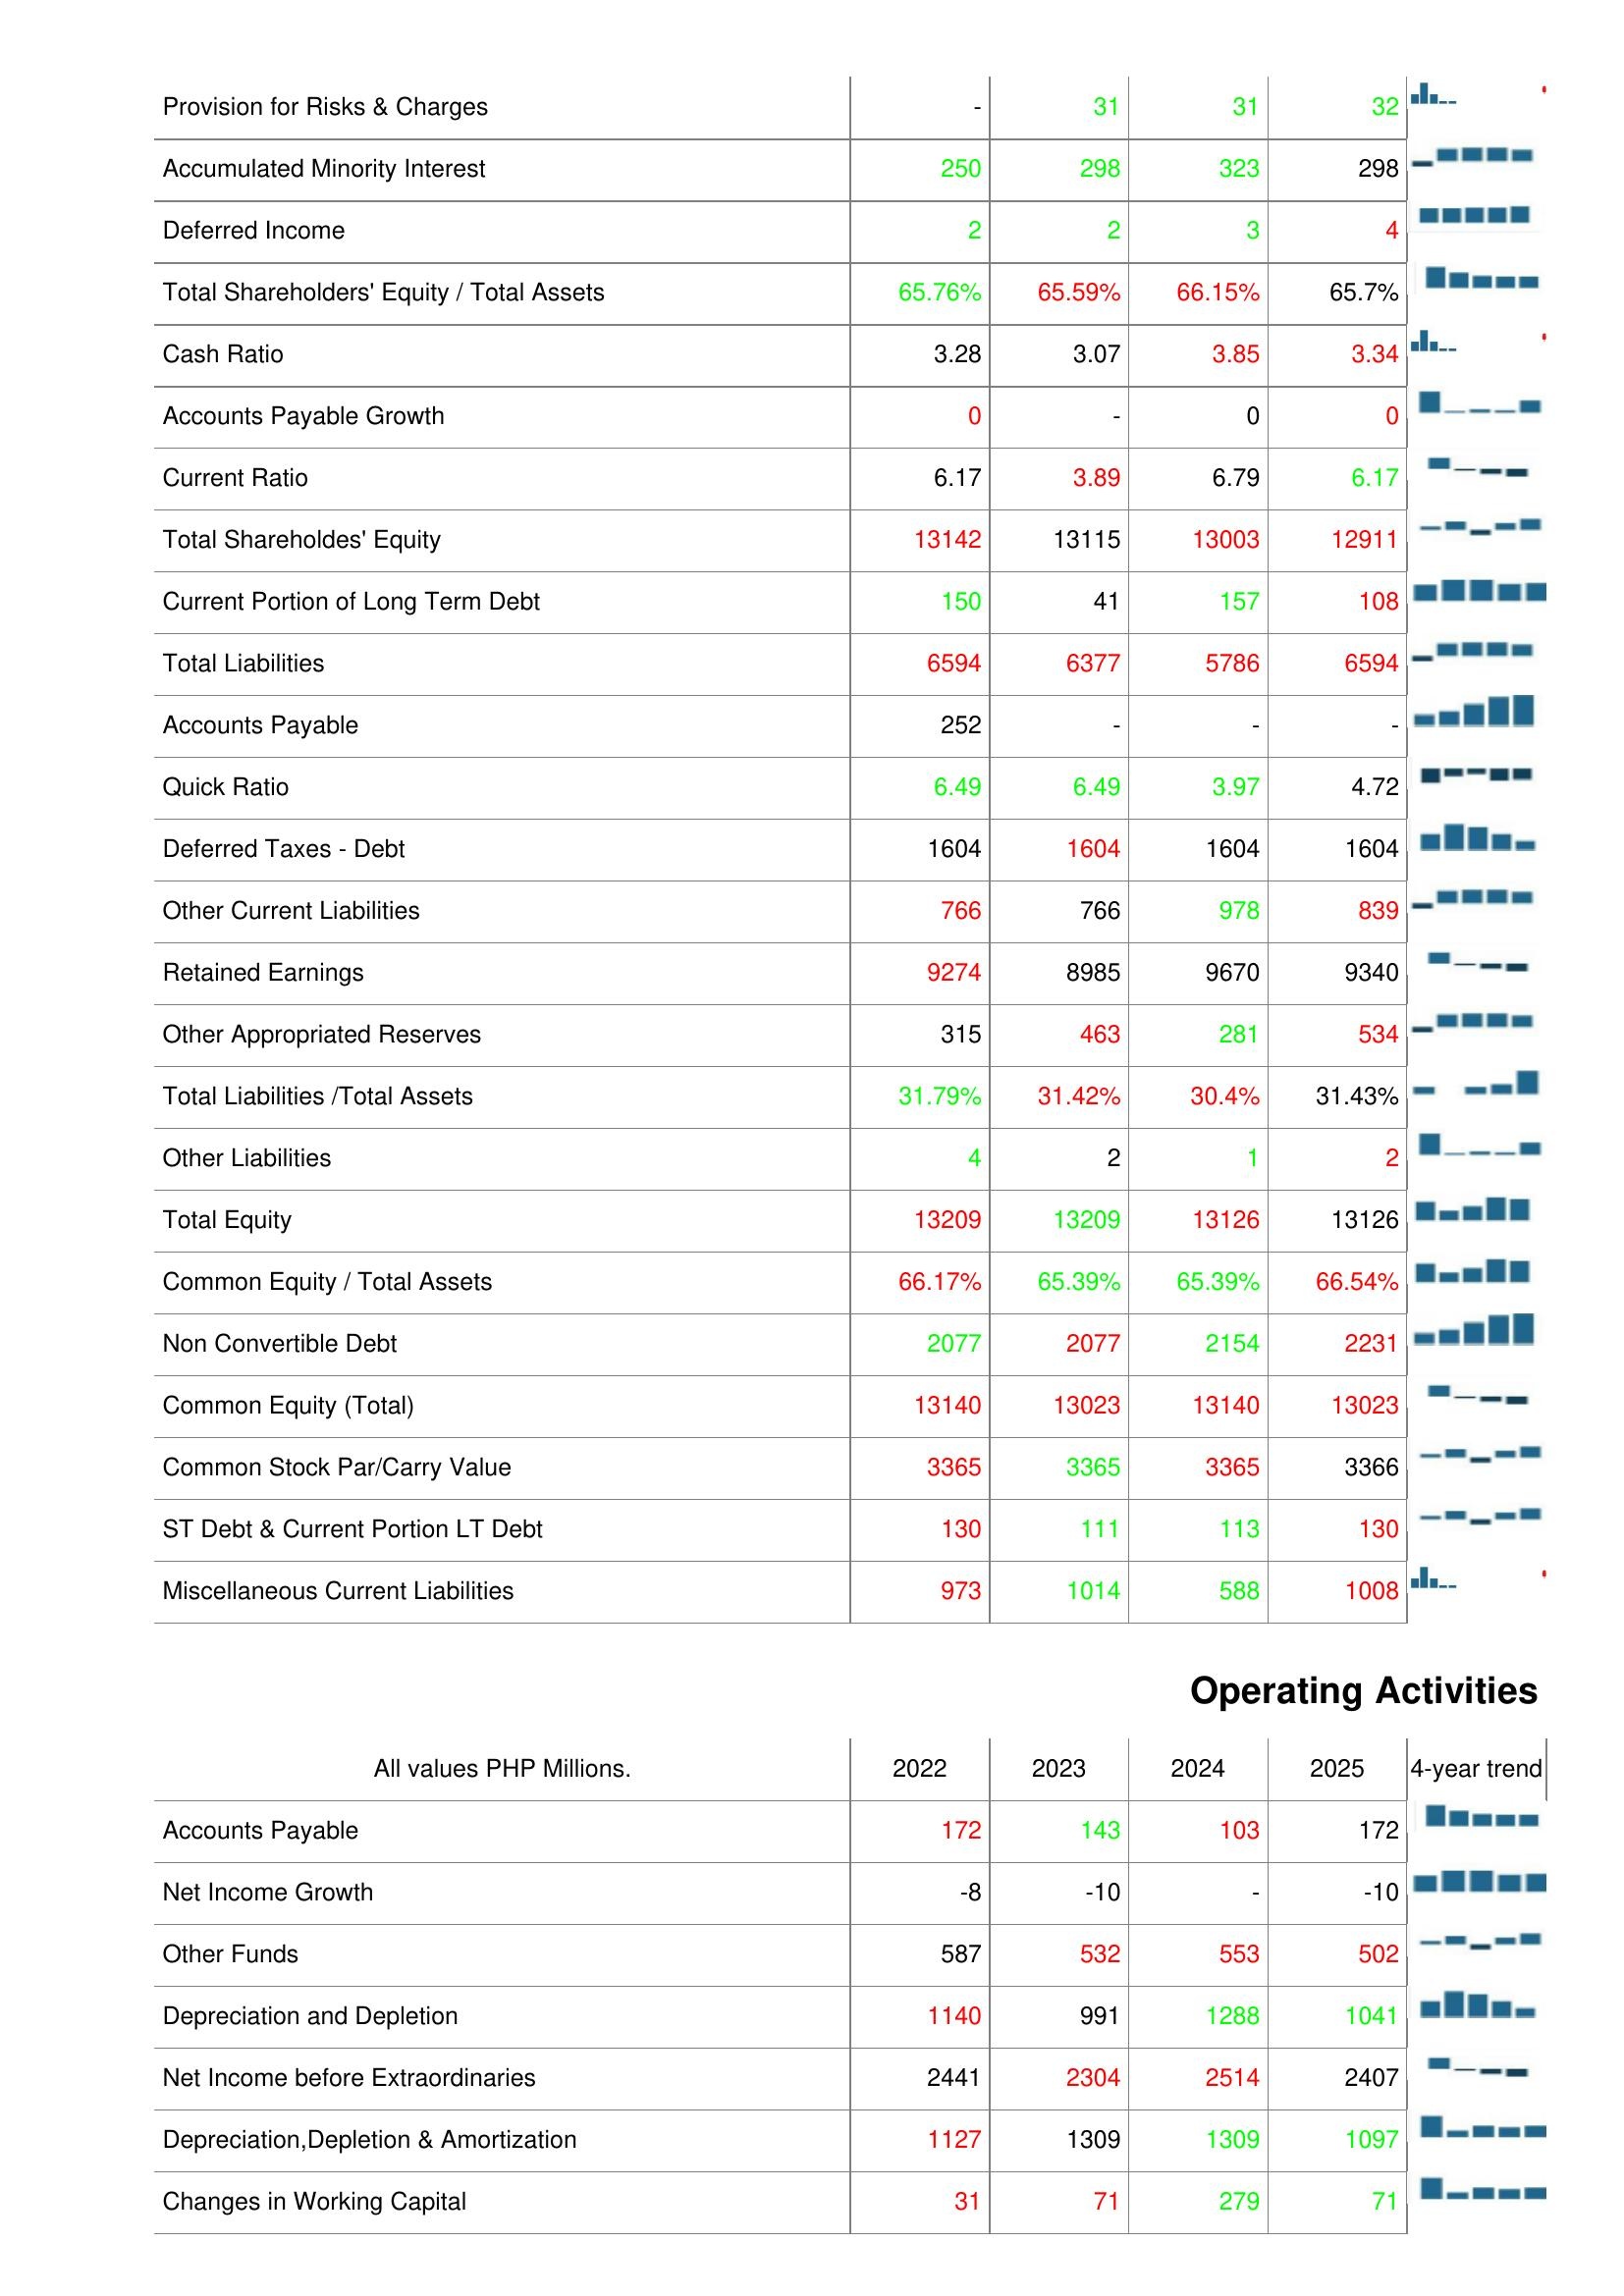
2022: Liabilities & Shareholder's Equity: Provision for Risks & Charges: -
Accumulated Minority Interest: 250
Deferred Income: 2
Total Shareholders' Equity / Total Assets: 65.76%
Cash Ratio: 3.28
Accounts Payable Growth: 0
Current Ratio: 6.17
Total Shareholdes' Equity: 13142
Current Portion of Long Term Debt: 150
Total Liabilities: 6594
Accounts Payable: 252
Quick Ratio: 6.49
Deferred Taxes - Debt: 1604
Other Current Liabilities: 766
Retained Earnings: 9274
Other Appropriated Reserves: 315
Total Liabilities /Total Assets: 31.79%
Other Liabilities: 4
Total Equity: 13209
Common Equity / Total Assets: 66.17%
Non Convertible Debt: 2077
Common Equity (Total): 13140
Common Stock Par/Carry Value: 3365
ST Debt & Current Portion LT Debt: 130
Miscellaneous Current Liabilities: 973
Operating Activities: Accounts Payable: 172
Net Income Growth: -8
Other Funds: 587
Depreciation and Depletion: 1140
Net Income before Extraordinaries: 2441
Depreciation,Depletion & Amortization: 1127
Changes in Working Capital: 31
2023: Liabilities & Shareholder's Equity: Provision for Risks & Charges: 31
Accumulated Minority Interest: 298
Deferred Income: 2
Total Shareholders' Equity / Total Assets: 65.59%
Cash Ratio: 3.07
Accounts Payable Growth: -
Current Ratio: 3.89
Total Shareholdes' Equity: 13115
Current Portion of Long Term Debt: 41
Total Liabilities: 6377
Accounts Payable: -
Quick Ratio: 6.49
Deferred Taxes - Debt: 1604
Other Current Liabilities: 766
Retained Earnings: 8985
Other Appropriated Reserves: 463
Total Liabilities /Total Assets: 31.42%
Other Liabilities: 2
Total Equity: 13209
Common Equity / Total Assets: 65.39%
Non Convertible Debt: 2077
Common Equity (Total): 13023
Common Stock Par/Carry Value: 3365
ST Debt & Current Portion LT Debt: 111
Miscellaneous Current Liabilities: 1014
Operating Activities: Accounts Payable: 143
Net Income Growth: -10
Other Funds: 532
Depreciation and Depletion: 991
Net Income before Extraordinaries: 2304
Depreciation,Depletion & Amortization: 1309
Changes in Working Capital: 71
2024: Liabilities & Shareholder's Equity: Provision for Risks & Charges: 31
Accumulated Minority Interest: 323
Deferred Income: 3
Total Shareholders' Equity / Total Assets: 66.15%
Cash Ratio: 3.85
Accounts Payable Growth: 0
Current Ratio: 6.79
Total Shareholdes' Equity: 13003
Current Portion of Long Term Debt: 157
Total Liabilities: 5786
Accounts Payable: -
Quick Ratio: 3.97
Deferred Taxes - Debt: 1604
Other Current Liabilities: 978
Retained Earnings: 9670
Other Appropriated Reserves: 281
Total Liabilities /Total Assets: 30.4%
Other Liabilities: 1
Total Equity: 13126
Common Equity / Total Assets: 65.39%
Non Convertible Debt: 2154
Common Equity (Total): 13140
Common Stock Par/Carry Value: 3365
ST Debt & Current Portion LT Debt: 113
Miscellaneous Current Liabilities: 588
Operating Activities: Accounts Payable: 103
Net Income Growth: -
Other Funds: 553
Depreciation and Depletion: 1288
Net Income before Extraordinaries: 2514
Depreciation,Depletion & Amortization: 1309
Changes in Working Capital: 279
2025: Liabilities & Shareholder's Equity: Provision for Risks & Charges: 32
Accumulated Minority Interest: 298
Deferred Income: 4
Total Shareholders' Equity / Total Assets: 65.7%
Cash Ratio: 3.34
Accounts Payable Growth: 0
Current Ratio: 6.17
Total Shareholdes' Equity: 12911
Current Portion of Long Term Debt: 108
Total Liabilities: 6594
Accounts Payable: -
Quick Ratio: 4.72
Deferred Taxes - Debt: 1604
Other Current Liabilities: 839
Retained Earnings: 9340
Other Appropriated Reserves: 534
Total Liabilities /Total Assets: 31.43%
Other Liabilities: 2
Total Equity: 13126
Common Equity / Total Assets: 66.54%
Non Convertible Debt: 2231
Common Equity (Total): 13023
Common Stock Par/Carry Value: 3366
ST Debt & Current Portion LT Debt: 130
Miscellaneous Current Liabilities: 1008
Operating Activities: Accounts Payable: 172
Net Income Growth: -10
Other Funds: 502
Depreciation and Depletion: 1041
Net Income before Extraordinaries: 2407
Depreciation,Depletion & Amortization: 1097
Changes in Working Capital: 71